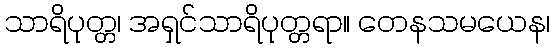
သာရိပုတ္တ၊ အရှင်သာရိပုတ္တရာ။ တေနသမယေန၊